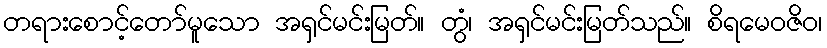
တရားစောင့်တော်မူသော အရှင်မင်းမြတ်။ တွံ၊ အရှင်မင်းမြတ်သည်။ စိရမေဝဇိဝ၊